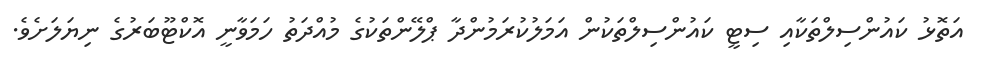
އަތޮޅު ކައުންސިލްތަކާއި ސިޓީ ކައުންސިލްތަކުން އަމަލުކުރަމުންދާ ޕްލޭންތަކުގެ މުއްދަތު ހަމަވާނީ އޮކްޓޫބަރުގެ ނިޔަލަށެވެ.